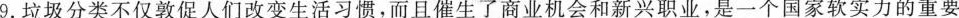
9.垃圾分类不仅敦促人们改变生活习惯，而且催生了商业机会和新兴职业，是一个国家软实力的重要